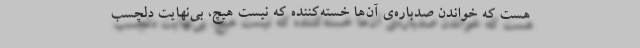
هست که خواندن صدباره‌ی آن‌ها خسته‌کننده که نیست هیچ، بی‌نهایت دلچسب